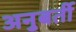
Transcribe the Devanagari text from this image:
अनुबर्ती